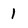
Character: 1